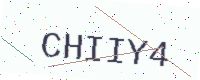
Text: CHIIY4